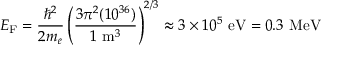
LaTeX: E _ { \mathrm { F } } = { \frac { \hbar ^ { 2 } } { 2 m _ { e } } } \left( { \frac { 3 \pi ^ { 2 } ( 1 0 ^ { 3 6 } ) } { 1 \ \mathrm { m } ^ { 3 } } } \right) ^ { 2 / 3 } \approx 3 \times 1 0 ^ { 5 } \ \mathrm { e V } = 0 . 3 \ \mathrm { M e V }